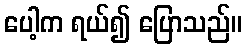
ပေါ့က ရယ်၍ ပြောသည်။